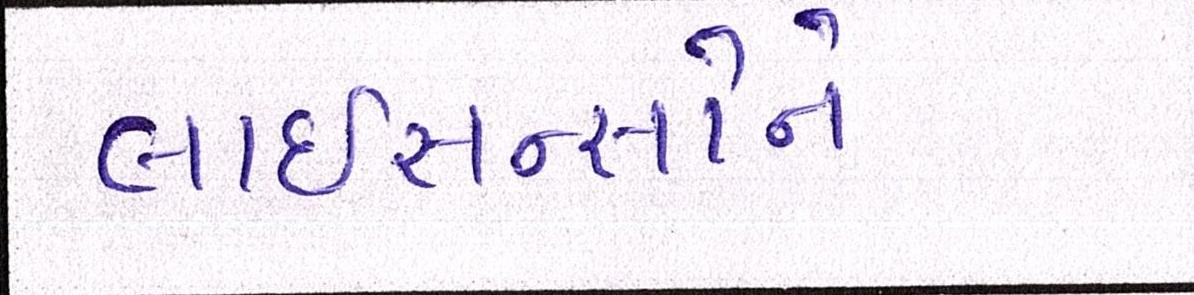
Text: લાઇસન્સોને